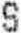
S